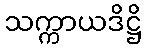
သက္ကာယဒိဋ္ဌိ